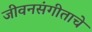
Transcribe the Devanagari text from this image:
जीवनसंगीताचे